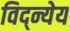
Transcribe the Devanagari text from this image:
विद्न्येय